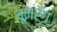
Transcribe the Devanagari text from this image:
बूमरँग